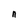
Character: n